Lunatic asylums Punjab 1881-1894 - 1881-1894
Year: 1881
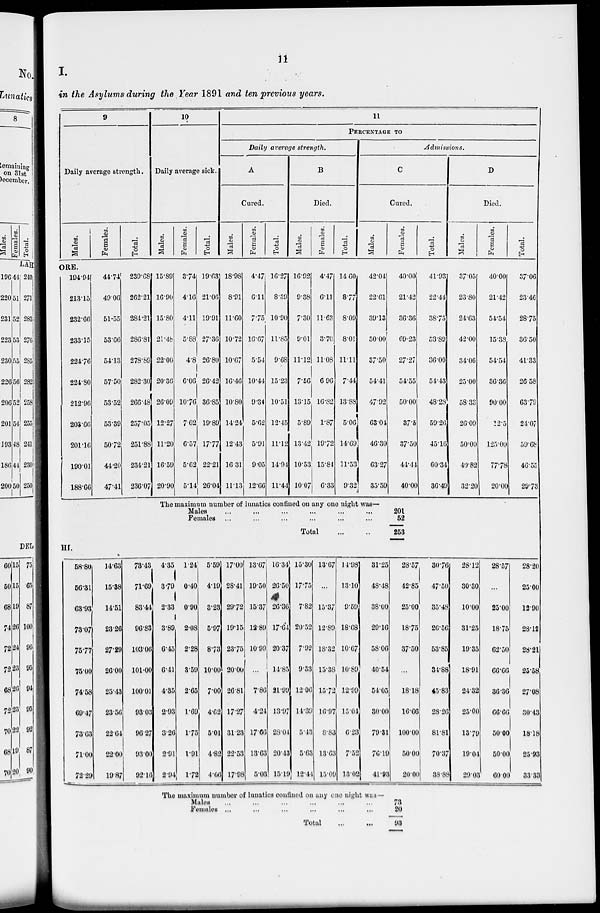
11
I.
in the Asylums during the Year 1891 and ten previous years.
9
Daily average strength.
Males.
Females.
Total.
10
Daily average sick.
Males.
Females.
Total.
11
PERCENTAGE TO
Daily average strength.
A
Cured.
Males.
Females.
Total.
B
Died.
Males.
Females.
Total.
Admissions.
C
Cured.
Males.
Females.
Total.
D
Died.
Males.
Females.
Total.
ORE.
194.94
213.15
232.66
233.15
224.76
224.80
212.96
203.66
201.16
190.01
188.66
44.74
49.06
51.55
53.66
54.13
57.50
53.52
53.39
50.72
44.20
47.41
239.68
262.21
284.21
286.81
278.89
282.30
266.48
257.05
251.88
234.21
236.07
15.89
16.90
15.80
21.48
22.00
20.36
26.09
12.27
11.20
16.59
20.90
3.74
4.16
4.11
5.88
4.8
6.06
10.76
7.62
6.57
5.62
5.14
19.63
21.06
19.91
27.36
26.80
26.42
36.85
19.89
17.77
22.21
26.04
18.98
8.91
11.60
10.72
10.67
16.46
10.80
14.24
12.43
16.31
11.13
4.47
6.11
7.75
16.67
5.54
10.44
9.34
5.62
5.91
9.05
12.66
16.27
8.39
10.90
11.85
9.68
15.23
10.51
12.45
11.12
14.94
11.44
16.92
9.38
7.30
9.01
11.12
7.56
13.15
5.89
13.42
10.53
10.07
4.47
6.11
11.63
3.70
11.08
6.96
16.82
1.87
19.72
15.84
6.33
14.60
8.77
8.09
8.01
11.11
7.44
13.88
5.06
14.69
11.53
9.32
42.04
22.61
39.13
50.00
37.50
54.41
47.92
63.04
46.30
63.27
35.59
40.00
21.42
36.36
69.23
27.27
54.55
50.00
37.5
37.50
44.44
40.00
41.93
22.44
38.75
53.89
36.00
54.43
48.28
59.26
45.16
60.34
36.49
37.05
23.80
24.63
42.00
34.06
25.00
58.38
26.09
50.00
40.82
32.20
40.00
21.42
54.54
15.38
54.54
36.36
90.00
12.5
125.00
77.78
20.00
37.06
23.46
28.75
36.50
41.33
26.58
63.79
24.07
59.68
46.55
29.73
The maximum number of lunatics confined on any one night was—
Males ... ... ... ... ... ... ..
Females ... ... ... ... ... ... ..
Total
...
...
201
52
253
HI.
58.80
56.3l
63.93
73.07
75.77
75.00
74.58
69.47
73.63
71.00
72.29
14.63
15.38
14.51
23.26
27.29
26.00
25.43
23.56
23.64
22.00
19.87
73.43
71.69
83.44
96.83
103.06
101.00
100.01
93.03
96.27
93.00
92.16
4.35
3.79
2.33
3.89
6.45
6.41
4.35
2.93
3.26
2.91
2.94
1.24
0.40
0.90
2.08
2.28
3.59
2.65
1.69
1.75
1.91
1.72
5.59
4.19
3.23
5.97
8.73
10.00
7.00
4.62
5.01
4.82
4.66
17.00
28.41
29.72
19.15
23.75
20.00
26.81
17.27
31.23
22.53
17.98
13.67
19.50
15.37
12.89
10.99
...
7.86
4.24
17.66
13.63
5.03
16.34
26.50
26.36
17.64
20.37
14.85
21.99
13.97
28.04
20.43
15.19
15.30
17.75
7.82
20.52
7.92
9.33
12.06
14.39
5.43
5.63
12.44
13.67
...
15.37
12.89
18.32
15.38
15.72
16.97
8.83
13.63
15.09
14.98
13.10
9.59
18.68
10.67
10.89
12.99
15.04
6.23
7.52
13.02
31.25
48.48
38.00
29.16
58.06
40.54
54.05
30.00
79.81
76.19
41.93
28.57
42.85
25.00
18.75
37.50
...
18.18
16.66
100.00
50.00
20.00
30.76
47.50
35.48
26.56
53.85
34.88
45.83
28.26
81.81
70.37
38.88
28.12
30.30
10.00
31.25
19.35
18.91
24.32
25.00
13.79
19.04
29.03
28.57
...
25.00
18.75
62.50
66.66
36.36
66.66
50.00
50.00
60.00
28.20
25.00
12.90
28.12
28.21
25.58
27.08
30.43
18.18
25.93
33.33
The maximum number of lunatics confined on any one night was —
Males ... ... ... ... ... ...
Females ... ... ... ... ... ...
Total
...
...
73
20
93